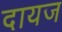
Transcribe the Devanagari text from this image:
दायज